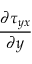
\frac { \partial \tau _ { y x } } { \partial y }